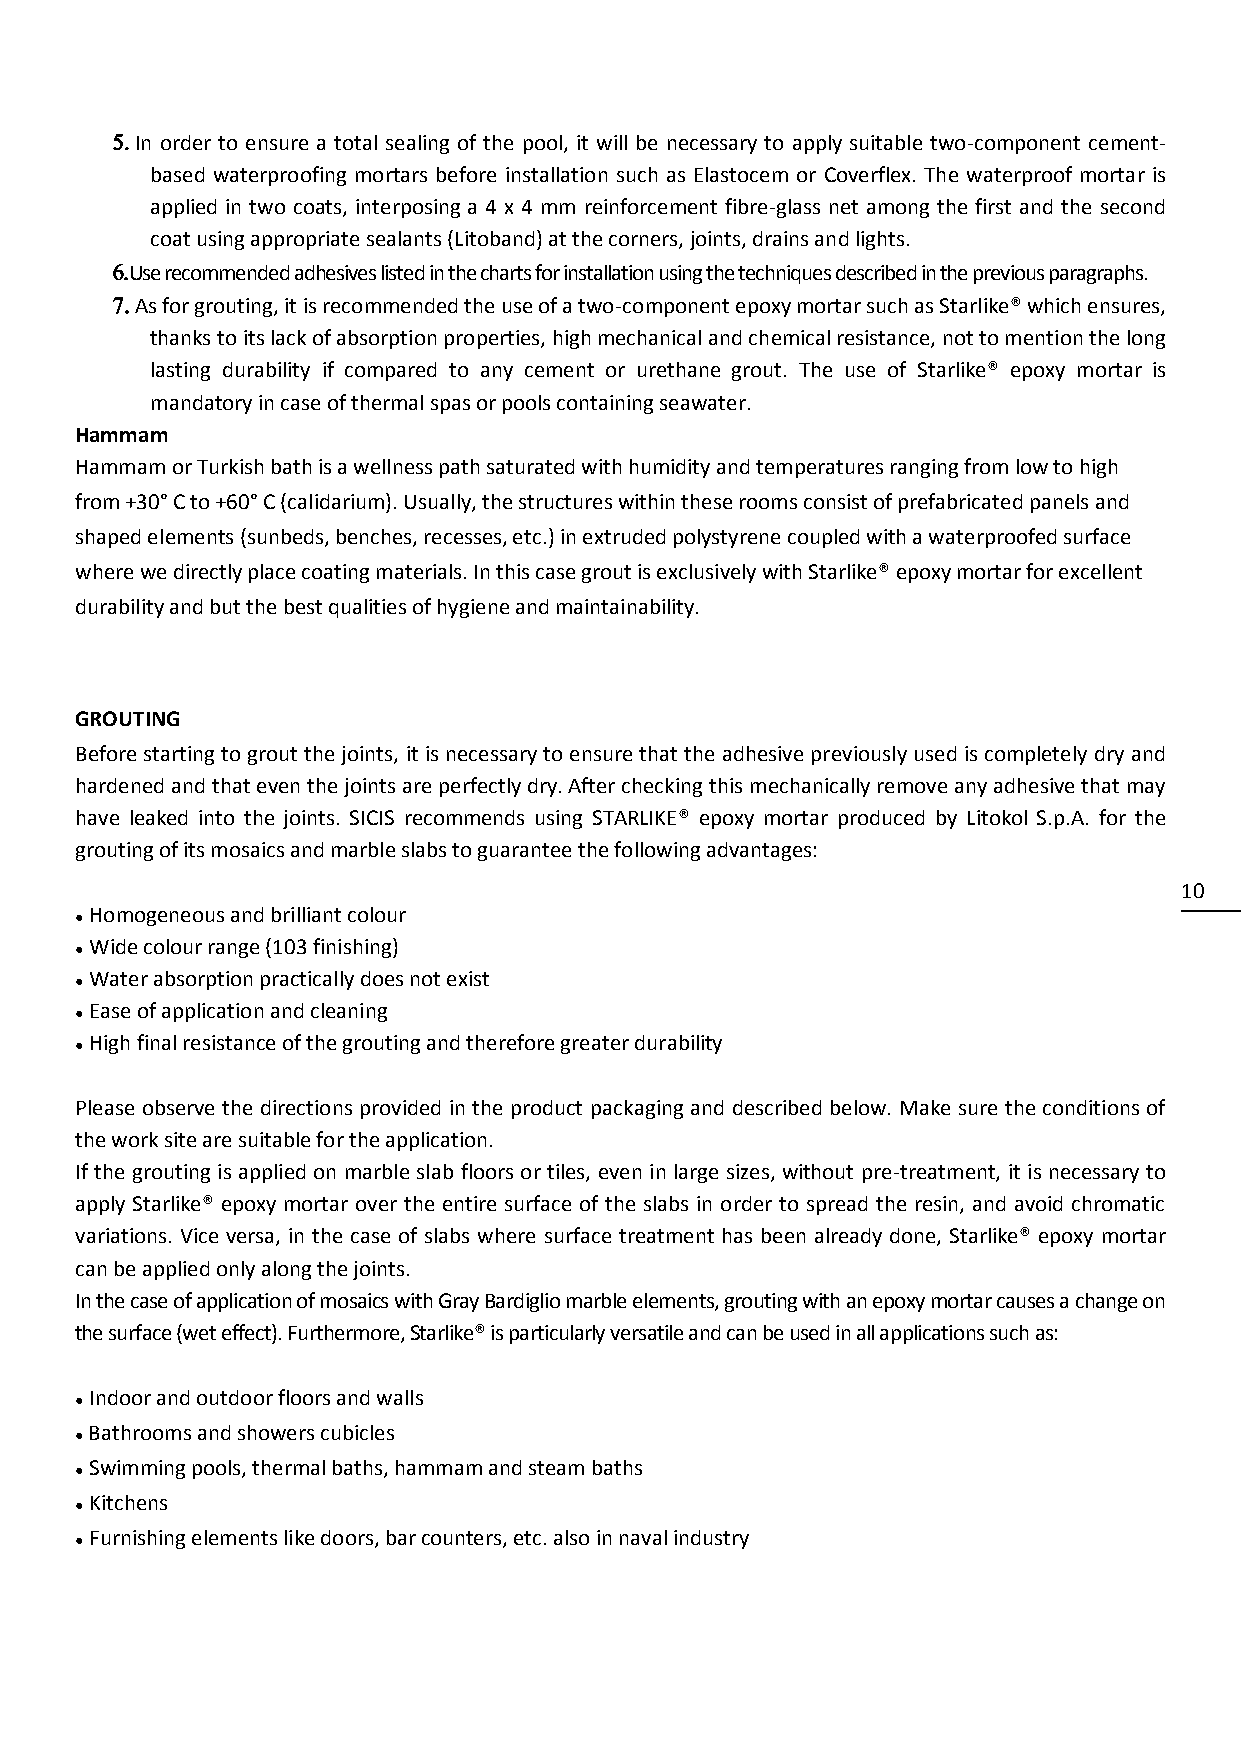
 In order to ensure a total sealing of the pool, it will be necessary to apply suitable two-component cement-
 based waterproofing mortars before installation such as Elastocem or Coverflex. The waterproof mortar is
 applied in two coats, interposing a 4 x 4 mm reinforcement fibre-glass net among the first and the second
 coat using appropriate sealants (Litoband) at the corners, joints, drains and lights.
  Use recommended adhesives listed in the charts for installation using the techniques described in the previous paragraphs.
  As for grouting, it is recommended the use of a two-component epoxy mortar such as Starlike® which ensures,
 thanks to its lack of absorption properties, high mechanical and chemical resistance, not to mention the long
 lasting durability if compared to any cement or urethane grout. The use of Starlike® epoxy mortar is
 mandatory in case of thermal spas or pools containing seawater.
 Hammam
 Hammam or Turkish bath is a wellness path saturated with humidity and temperatures ranging from low to high
 from +30° C to +60° C (calidarium). Usually, the structures within these rooms consist of prefabricated panels and
 shaped elements (sunbeds, benches, recesses, etc.) in extruded polystyrene coupled with a waterproofed surface
 where we directly place coating materials. In this case grout is exclusively with Starlike® epoxy mortar for excellent
 durability and but the best qualities of hygiene and maintainability.
 GROUTING
 Before starting to grout the joints, it is necessary to ensure that the adhesive previously used is completely dry and
 hardened and that even the joints are perfectly dry. After checking this mechanically remove any adhesive that may
 have leaked into the joints. SICIS recommends using STARLIKE® epoxy mortar produced by Litokol S.p.A. for the
 grouting of its mosaics and marble slabs to guarantee the following advantages:
 10
 Homogeneous and brilliant colour
 ●
 Wide colour range (103 finishing)
 ●
 Water absorption practically does not exist
 ●
 Ease of application and cleaning
 ●
 High final resistance of the grouting and therefore greater durability
 ●
 Please observe the directions provided in the product packaging and described below. Make sure the conditions of
 the work site are suitable for the application.
 If the grouting is applied on marble slab floors or tiles, even in large sizes, without pre-treatment, it is necessary to
 apply Starlike® epoxy mortar over the entire surface of the slabs in order to spread the resin, and avoid chromatic
 variations. Vice versa, in the case of slabs where surface treatment has been already done, Starlike® epoxy mortar
 can be applied only along the joints.
 In the case of application of mosaics with Gray Bardiglio marble elements, grouting with an epoxy mortar causes a change on
 the surface (wet effect). Furthermore, Starlike® is particularly versatile and can be used in all applications such as:
 Indoor and outdoor floors and walls
 ●
 Bathrooms and showers cubicles
 ●
 Swimming pools, thermal baths, hammam and steam baths
 ●
 Kitchens
 ●
 Furnishing elements like doors, bar counters, etc. also in naval industry
 ●